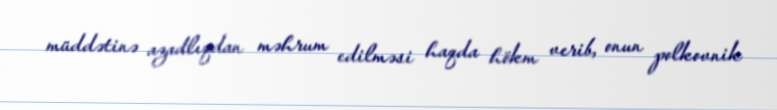
müddətinə azadlıqdan məhrum edilməsi haqda hökm verib, onun polkovnik